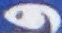
و